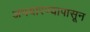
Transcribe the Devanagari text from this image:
अभयारण्यापासून